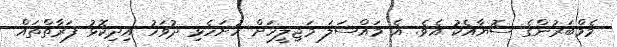
މެމްބަރުންގެ ސޮޔާއެކު އެވެ. އެ މައްސަލަ މަޖިލީހަށް ހުށަހެޅި ދުވަހު އިދިކޮޅު ފަރާތްތައް